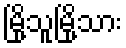
မြို့သူမြို့သား